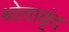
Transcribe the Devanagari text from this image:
श्रोतावृंद